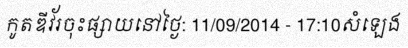
កូតឌីវ័រចុះផ្សាយនៅថ្ងៃ: 11/09/2014 - 17:10សំឡេង